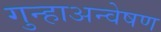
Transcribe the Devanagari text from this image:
गुन्हाअन्वेषण